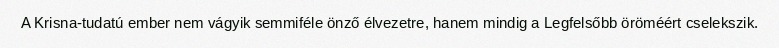
A Krisna-tudatú ember nem vágyik semmiféle önző élvezetre, hanem mindig a Legfelsőbb öröméért cselekszik.